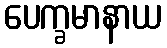
ပေက္ခမာနာယ